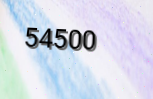
54500